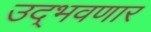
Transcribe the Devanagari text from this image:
उद्‌भवणार